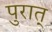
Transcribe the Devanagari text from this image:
पुरात्